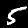
Label: 5